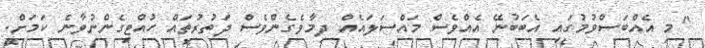
" މި އެއްބަސްވުމުގައި އެބަބުނޭ އެއްވެސް މައްސަލައެއް ދިމާވެގެންވެސް ދަތުރުތައް ހުއްޓިގެންނުވާނެ ކަމަށް.